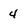
Character: 4